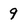
Character: 9